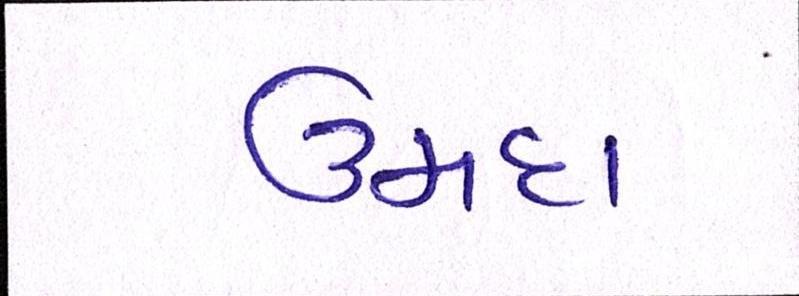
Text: ઉમદા